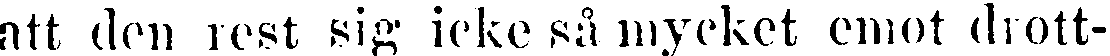
att den rest sig icke så mycket emot drott-